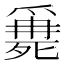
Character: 𣩖